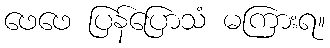
ဖေဖေ ပြန်ပြောသံ မကြားရ။